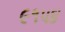
૯૧૫૪